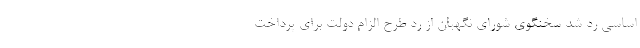
اساسی رد شد سخنگوی شورای نگهبان از رد طرح الزام دولت برای پرداخت